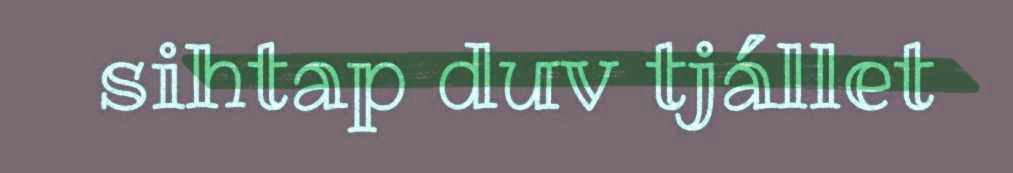
sihtap duv tjállet